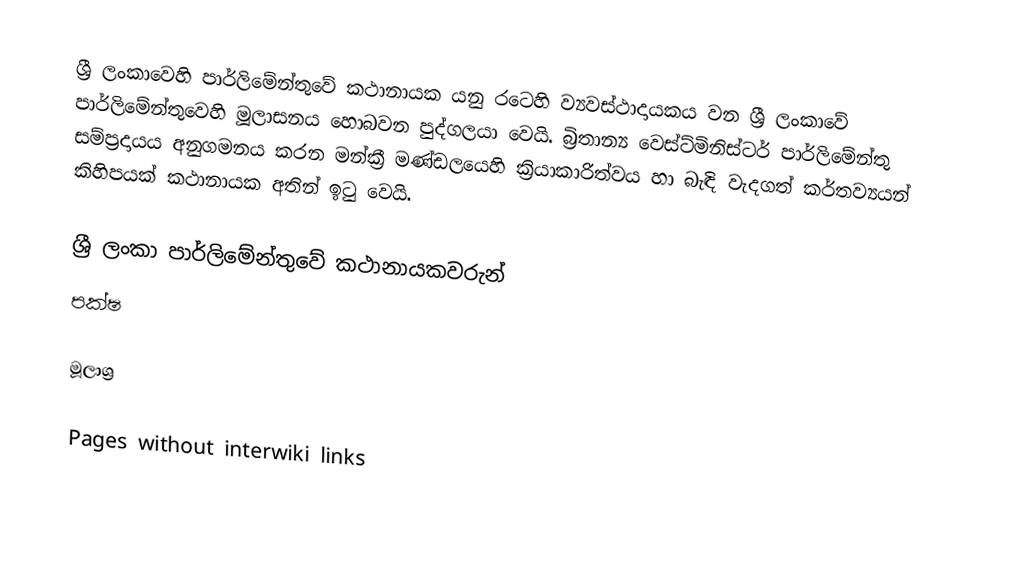
ශ්‍රී ලංකාවෙහි පාර්ලිමේන්තුවේ කථානායක යනු රටෙහි ව්‍යවස්ථාදායකය වන  ශ්‍රී ලංකාවේ පාර්ලිමේන්තුවෙහි මූලාසනය හොබවන පුද්ගලයා වෙයි. බ්‍රිතාන්‍ය වෙස්ට්මිනිස්ටර් පාර්ලිමේන්තු සම්ප්‍රදායය අනුගමනය කරන මන්ක්‍රී මණ්ඩලයෙහි ක්‍රියාකාරිත්වය හා බැඳි වැදගත් කර්තව්‍යයන් කිහිපයක් කථානායක අතින් ඉටු වෙයි.

ශ්‍රී ලංකා පාර්ලිමේන්තුවේ කථානායකවරුන්
පක්ෂ

මූලාශ්‍ර

Pages without interwiki links